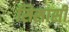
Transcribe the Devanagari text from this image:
सिसासी